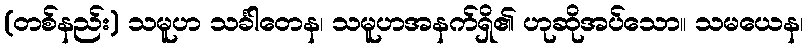
(တစ်နည်း) သမူဟ သင်္ခါတေန၊ သမူဟအနက်ရှိ၏ ဟုဆိုအပ်သော။ သမယေန၊